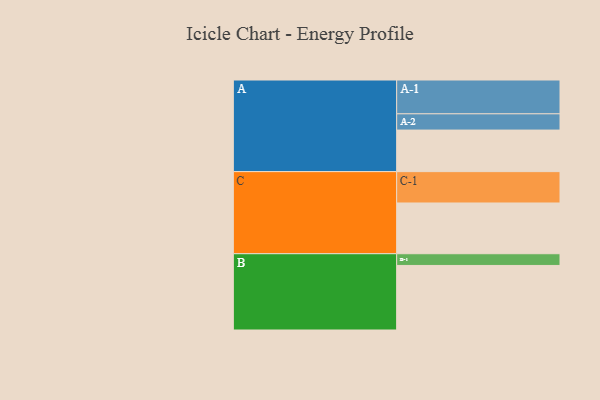
{"axis": {"x": "Segment", "y": "Value"}, "legend": ["", "A", "B", "C"], "data": [{"x": "A", "y": 322, "type": ""}, {"x": "B", "y": 500, "type": ""}, {"x": "C", "y": 393, "type": ""}, {"x": "A-1", "y": 262, "type": "A"}, {"x": "A-2", "y": 126, "type": "A"}, {"x": "B-1", "y": 91, "type": "B"}, {"x": "C-1", "y": 243, "type": "C"}]}